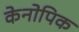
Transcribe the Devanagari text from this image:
केनोपिक